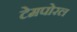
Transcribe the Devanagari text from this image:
टेमपोरल